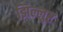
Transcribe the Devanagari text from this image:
झिल्लुर